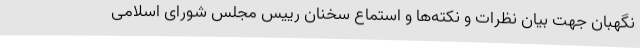
نگهبان جهت بیان نظرات و نکته‌ها و استماع سخنان رییس مجلس شورای اسلامی